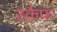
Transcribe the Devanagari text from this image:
स्कैफ